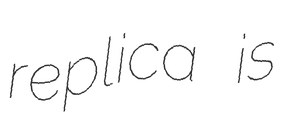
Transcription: replica is